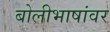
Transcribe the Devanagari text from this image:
बोलीभाषांवर